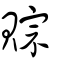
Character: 賩